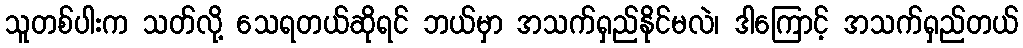
သူတစ်ပါးက သတ်လို့ သေရတယ်ဆိုရင် ဘယ်မှာ အသက်ရှည်နိုင်မလဲ၊ ဒါကြောင့် အသက်ရှည်တယ်